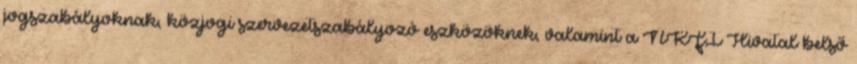
jogszabályoknak, közjogi szervezetszabályozó eszközöknek, valamint a NKFI Hivatal belső